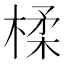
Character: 楺